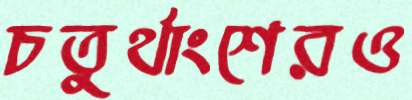
চতুর্থাংশেরও